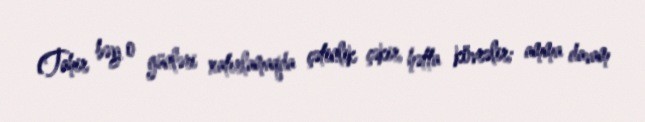
(Tahir bəy o günləri xatırlamaqda çətinlik çəkir, hətta kövrəlir; amma davam